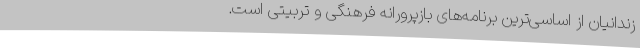
زندانیان از اساسی‌ترین برنامه‌های بازپرورانه فرهنگی و تربیتی است.